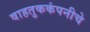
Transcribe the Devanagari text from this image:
वाहतुककंपनीचे